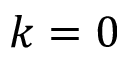
k = 0